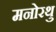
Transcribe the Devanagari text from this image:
मनोरथु